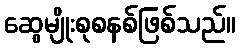
ဆွေမျိုးစုစနစ်ဖြစ်သည်။